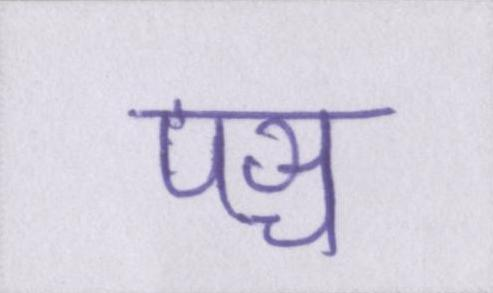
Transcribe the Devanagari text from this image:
पञ्च